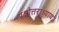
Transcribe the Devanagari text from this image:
प्रश्नोत्तराध्याय